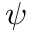
\psi